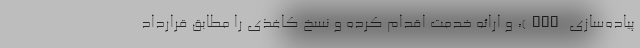
پیاده‌سازی API)، و ارائه خدمت اقدام کرده و نسخ کاغذی را مطابق قرارداد